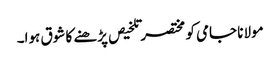
مولانا جامی کو مختصر تلخیص پڑھنے کا شوق ہوا۔